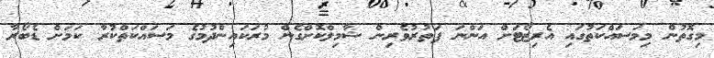
މިގޮތުން މިމަސައްކަތުގައި އެރިޒޯޓަށް އަންނަ ފަތުރުވެރިން ޝާމިލްކޮށްގެން މުރަކައިންދުމުގެ މަސައްކަތްކުރާ ކަމަށް ޑެބޯރާ